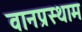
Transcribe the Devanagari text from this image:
वानप्रस्थाम